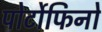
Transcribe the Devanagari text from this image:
पोर्टोफिनो